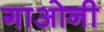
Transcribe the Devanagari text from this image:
गाओनी